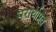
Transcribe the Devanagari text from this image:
परार्थाप्रत